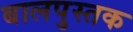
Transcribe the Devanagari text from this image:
बालपुस्तक